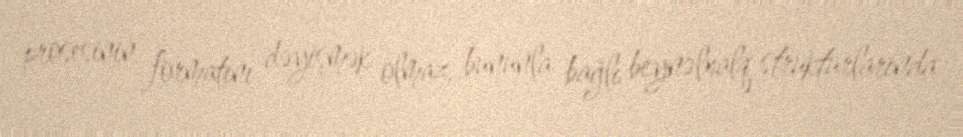
prosesinin formatını dəyişmək olmaz, bununla bağlı beynəlxalq strukturlarında